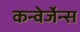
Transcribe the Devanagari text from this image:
कन्वेर्जेन्स